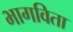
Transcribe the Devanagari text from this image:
भागविता